Vaccination in Burma 1920-1933 - 1920-1933
Year: 1920
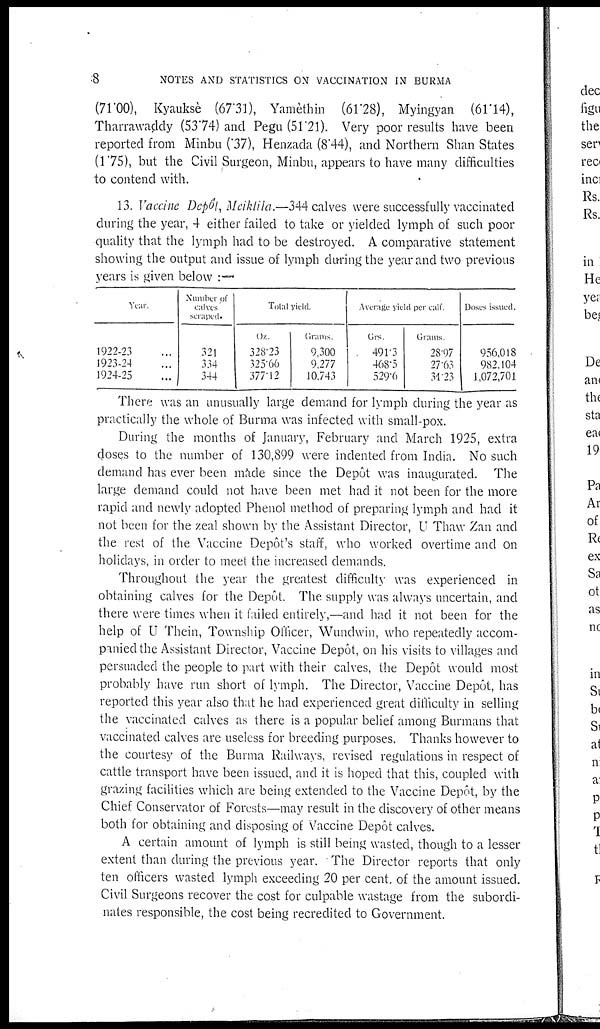
8
NOTES AND STATISTICS ON VACCINATION IN BURMA
(71.00), Kyauksè (67.31), Yamèthin (61.28), Myingyan (61.14),
Tharrawaddy (53.74) and Pegu (51.21). Very poor results have been
reported from Minbu (37), Henzada (8.44), and Northern Shan States
(1.75), but the Civil Surgeon, Minbu, appears to have many difficulties
to contend with.
13. Vaccine Depôt, Meiklila.—344 calves were successfully vaccinated
during the year, 4 either failed to take or yielded lymph of such poor
quality that the lymph had to be destroyed. A comparative statement
showing the output and issue of lymph during the year and two previous
years is given below :—
Year
1922-23 ...
1923-24 ...
1924-25 ...
Number of
calves
scraped
321
334
344
Total yield
Oz.
328.23
325.66
377.12
Grams
9,300
9,277
10,743
Average yield per calf.
Grs.
491.3
468.5
529.6
Grams.
28.97
27.63
34.23
Doses issued.
956,018
982,104
1,072,701
There was an unusually large demand for lymph during the year as
practically the whole of Burma was infected with small-pox.
During the months of January, February and March 1925, extra
doses to the number of 130,899 were indented from India. No such
demand has ever been made since the Depôt was inaugurated. The
large demand could not have been met had it not been for the more
rapid and newly adopted Phenol method of preparing lymph and had it
not been for the zeal shown by the Assistant Director, U Thaw Zan and
the rest of the Vaccine Depôt's staff, who worked overtime and on
holidays, in order to meet the increased demands.
Throughout the year the greatest difficulty was experienced in
obtaining calves for the Depôt. The supply was always uncertain, and
there were times when it failed entirely,—and had it not been for the
help of U Thein, Township Officer, Wundwin, who repeatedly accom-
panied the Assistant Director, Vaccine Depôt, on his visits to villages and
persuaded the people to part with their calves, the Depôt would most
probably have run short of lymph. The Director, Vaccine Depôt, has
reported this year also that he had experienced great difficulty in selling
the vaccinated calves as there is a popular belief among Burmans that
vaccinated calves are useless for breeding purposes. Thanks however to
the courtesy of the Burma Railways, revised regulations in respect of
cattle transport have been issued, and it is hoped that this, coupled with
grazing facilities which are being extended to the Vaccine Depôt, by the
Chief Conservator of Forests—may result in the discovery of other means
both for obtaining and disposing of Vaccine Depôt calves.
A certain amount of lymph is still being wasted, though to a lesser
extent than during the previous year. The Director reports that only
ten officers wasted lymph exceeding 20 per cent. of the amount issued.
Civil Surgeons recover the cost for culpable wastage from the subordi-
nates responsible, the cost being recredited to Government.